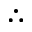
\therefore